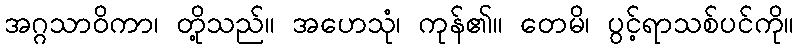
အဂ္ဂသာဝိကာ၊ တို့သည်။ အဟေသုံ၊ ကုန်၏။ တေမိ၊ ပွင့်ရာသစ်ပင်ကို။